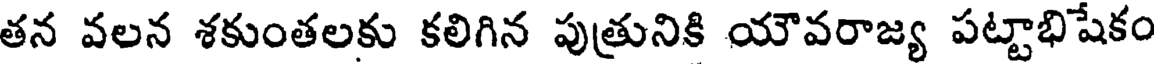
తన వలన శకుంతలకు కలిగిన పుత్రునికి యౌవరాజ్య పట్టాభిషేకం